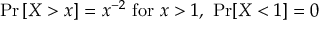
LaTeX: \operatorname* { P r } \left[ X > x \right] = x ^ { - 2 } { \mathrm { ~ f o r ~ } } x > 1 , \ \operatorname* { P r } [ X < 1 ] = 0